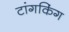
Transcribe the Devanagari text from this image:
टांगकिंग